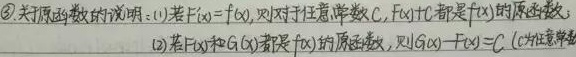
\textcircled{3} 关于原函数的说明: (1) 若 \(F'(x)=f(x)\)，则对于任意常数 \(C\)，\(F(x)+C\) 都是 \(f(x)\) 的原函数; (2) 若 \(F(x)\) 和 \(G(x)\) 都是 \(f(x)\) 的原函数，则 \(G(x)-F(x)=C\)（\(C\) 为任意常数）。